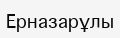
Ерназарұлы